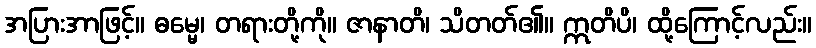
အပြားအာဖြင့်။ ဓမ္မေ၊ တရားတို့ကို။ ဇာနာတိ၊ သိတတ်၏။ ဣတိပိ၊ ထို့ကြောင့်လည်း။